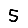
Digit: 5